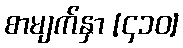
စာမျက်နှာ [၄၁၀]